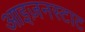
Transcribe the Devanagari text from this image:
आइज़नस्टाट